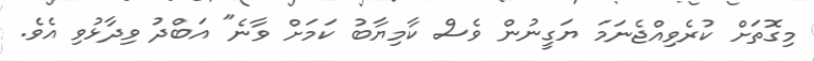
މިގޮތަށް ކުރެވިއްޖެނަމަ ޔަގީނުން ވެސް ކާމިޔާބު ކަމަށް ވާނެ" އަބްދު ވިދާޅުވި އެވެ.